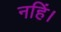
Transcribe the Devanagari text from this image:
नहिं।